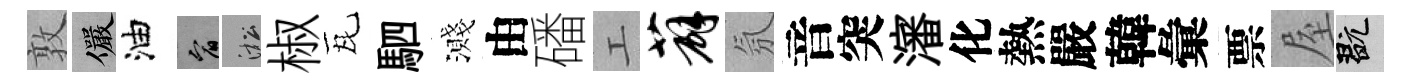
敦儼油宥淞椒瓦駟濺由磻工薜氛音突瀋化熱嚴韓彙票屋玩